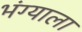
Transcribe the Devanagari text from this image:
भंग्याला